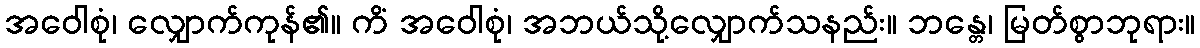
အဝေါစုံ၊ လျှောက်ကုန်၏။ ကိံ အဝေါစုံ၊ အဘယ်သို့လျှောက်သနည်း။ ဘန္တေ၊ မြတ်စွာဘုရား။